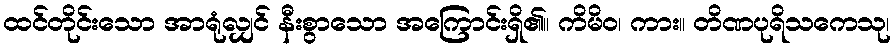
ထင်တိုင်းသော အာရုံလျှင် နီးစွာသော အကြောင်းရှိ၏။ ကိမိဝ၊ ကား။ တိဏပုရိသကေသု၊